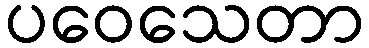
ပဝေသေတာ